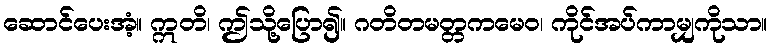
ဆောင်ပေးအံ့။ ဣတိ၊ ဤသို့ပြော၍။ ဂတိတမတ္တကမေဝ၊ ကိုင်အပ်ကာမျှကိုသာ။